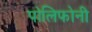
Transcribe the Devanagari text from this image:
पोलिफोनी